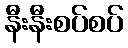
နီးနီးစပ်စပ်